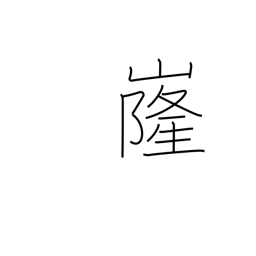
Meaning: shape of a mountain